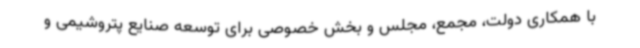
با همکاری دولت، مجمع، مجلس و بخش خصوصی برای توسعه صنایع پتروشیمی و